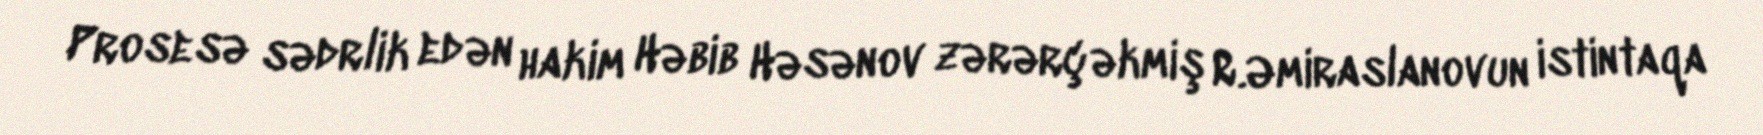
Prosesə sədrlik edən hakim Həbib Həsənov zərərçəkmiş R.Əmiraslanovun istintaqa